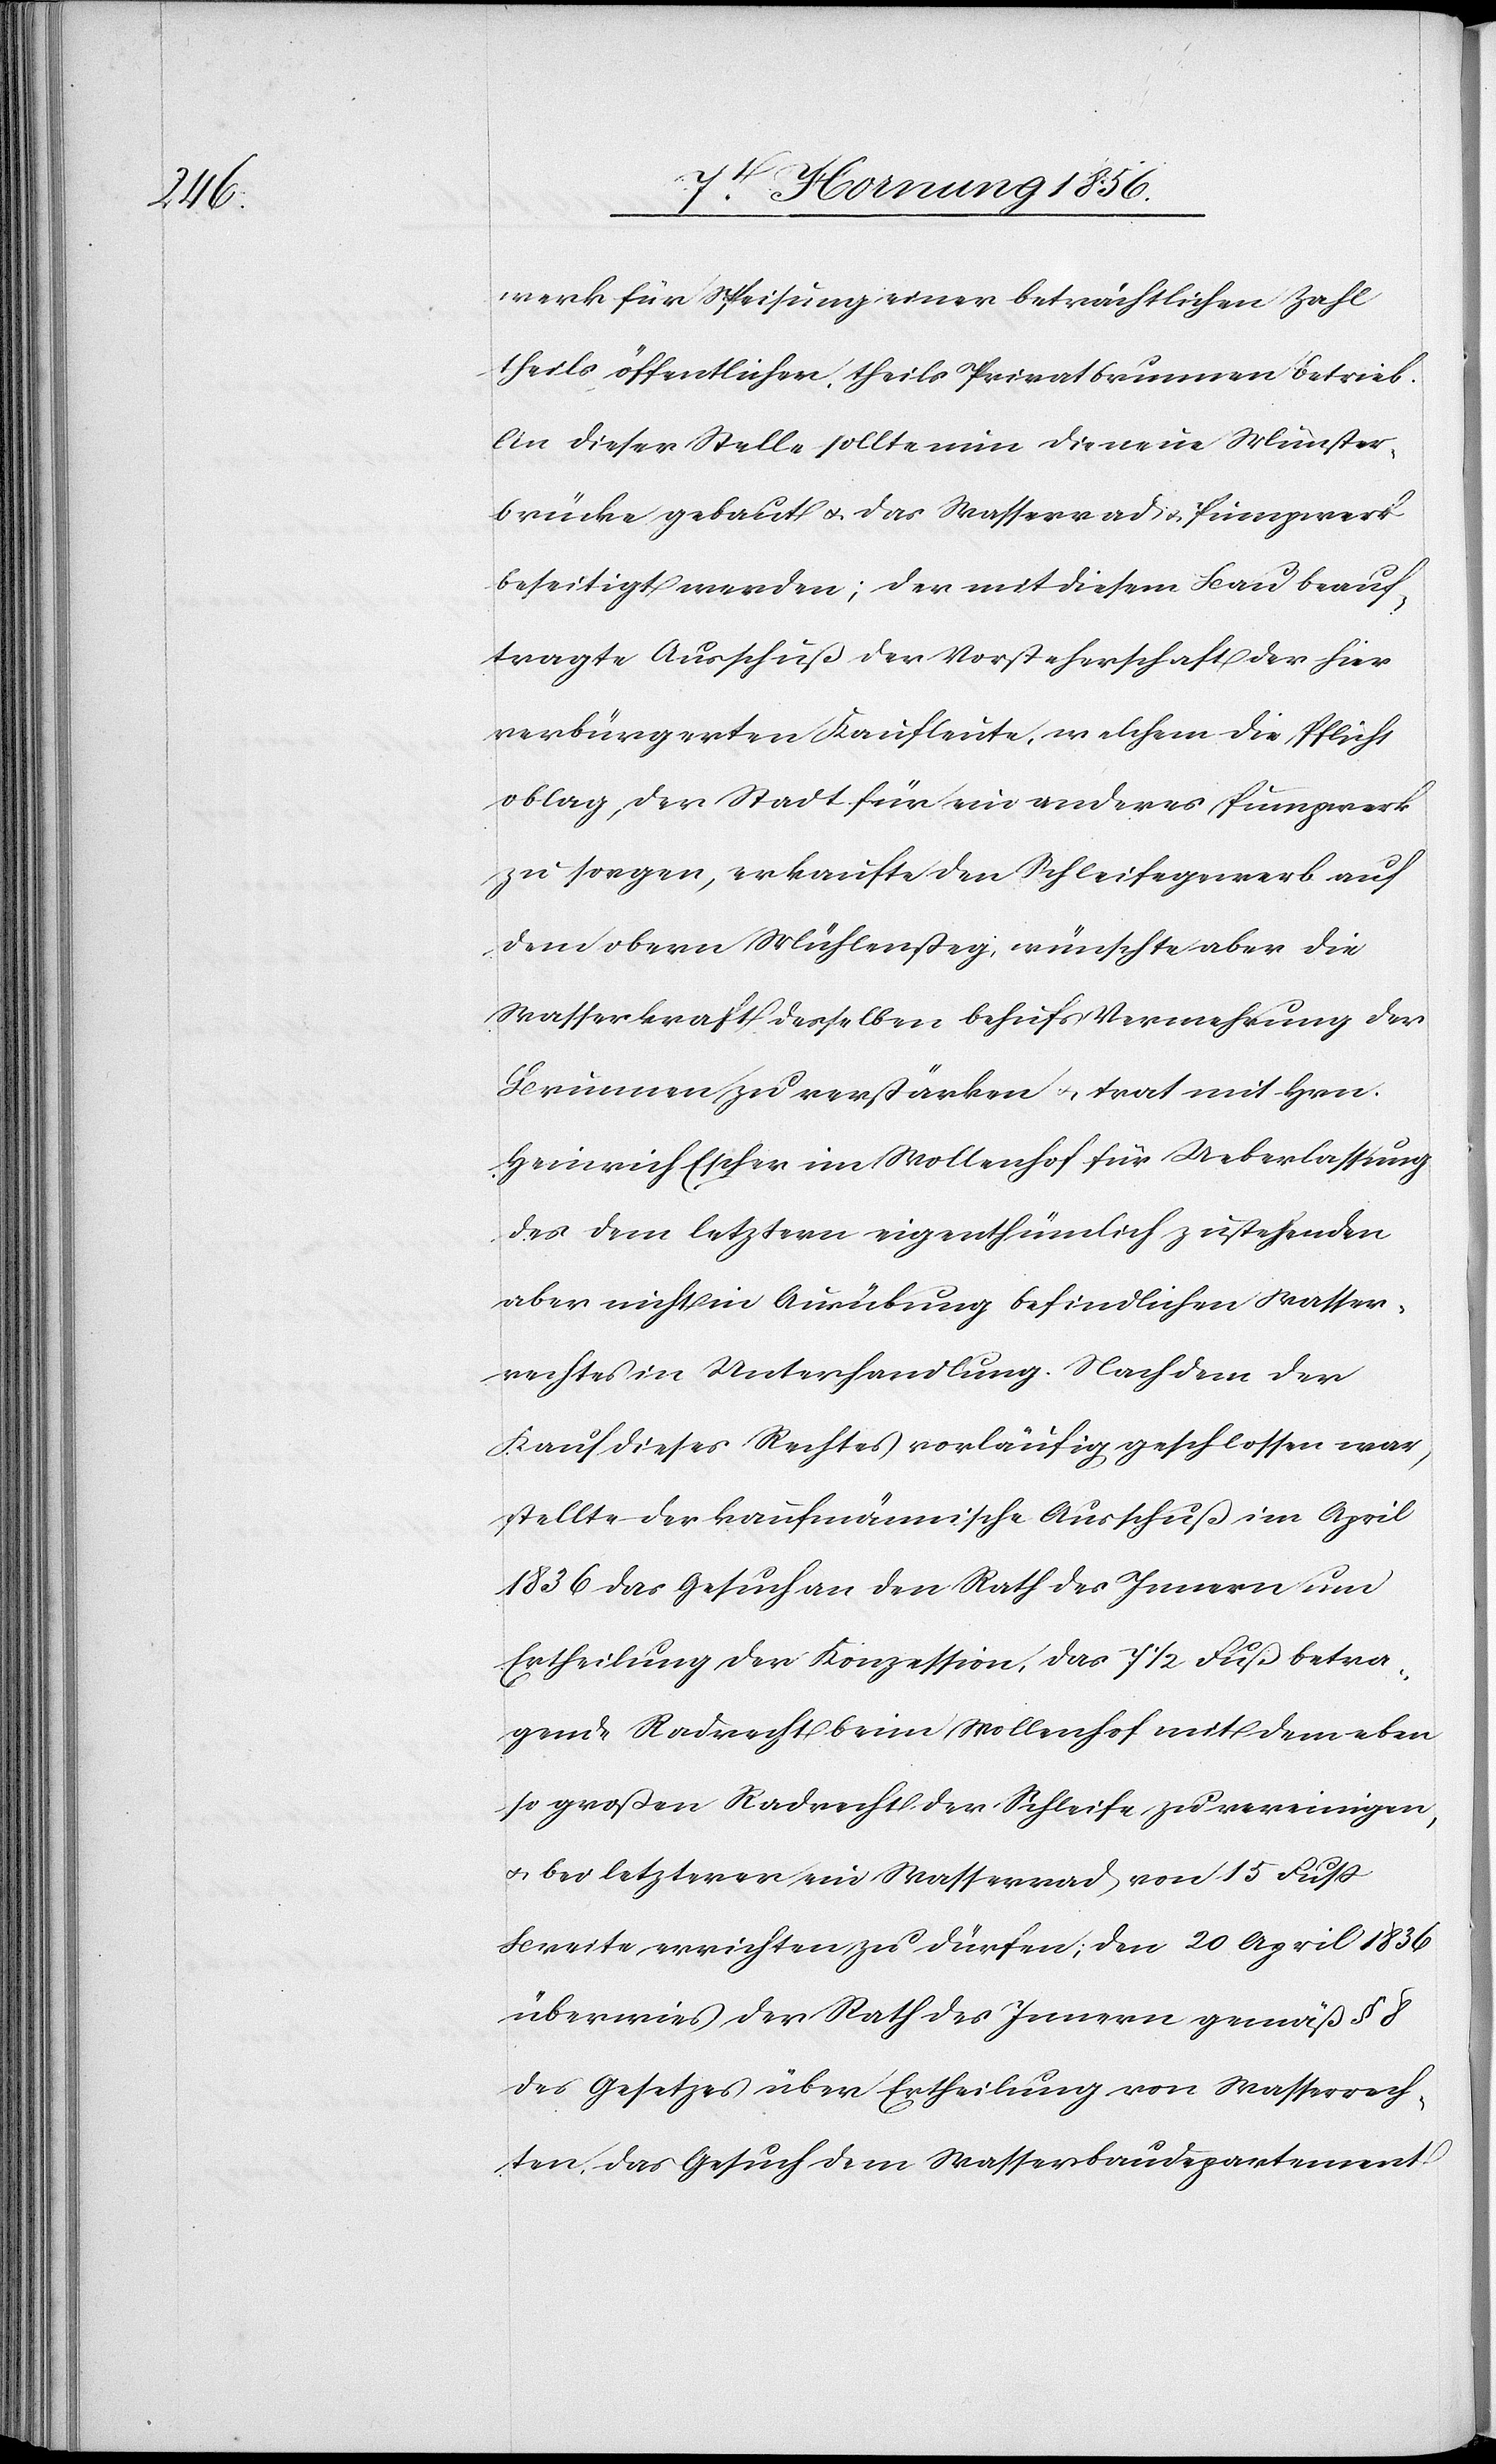
werk für Speisung einer beträchtlichen Zahl
theils öffentlicher, theils Privatbrunnen betrieb.
An dieser Stelle sollte nun die neue Münster¬
brücke gebaut u. das Wasserrad u. Pumpwerk
beseitigt werden; der mit diesem Bau beauf¬
tragte Ausschuß der Vorsteherschaft der hier
verbürgerten Kaufleute, welchem die Pflicht
oblag, der Stadt für ein anderes Pumpwerk
zu sorgen, erkaufte den Schleifegewerb auf
dem obern Mühlensteg, wünschte aber die
Wasserkraft desselben behufs Vermehrung der
Brunnen zu verstärken u. trat mit Hrn.
Heinrich Escher im Wollenhof für Ueberlassung
des dem letztern eigenthümlich zustehenden
aber nicht in Ausübung befindlichen Wasser¬
rechtes in Unterhandlung. Nachdem der
Kauf dieses Rechtes vorläufig geschlossen war,
stellte der kaufmännische Ausschuß im April
1836 das Gesuch an den Rath des Innern um
Ertheilung der Konzession, das 7 ½ Fuß betra¬
gende Radrecht beim Wollenhof mit dem eben
so großen Radrecht der Schleife zu vereinigen,
u. bei letzterer ein Wasserrad von 15 Fuß
Breite errichten zu dürfen; den 20 April 1836
überwies der Rath des Innern gemäß § 8
des Gesetzes über Ertheilung von Wasserrech¬
ten, das Gesuch dem Wasserbaudepartement